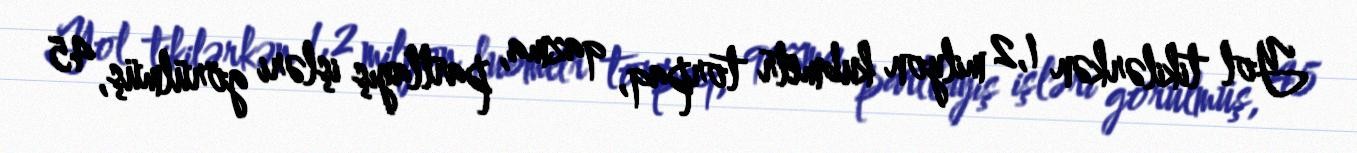
Yol tikilərkən 1,2 milyon kubmetr torpaq, qazma, partlayış işləri görülmüş, 45